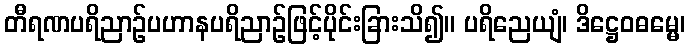
တီရဏပရိညာဉ်ပဟာနပရိညာဉ်ဖြင့်ပိုင်းခြားသိ၍။ ပရိညေယျံ၊ ဒိဋ္ဌေဝဓမ္မေ၊